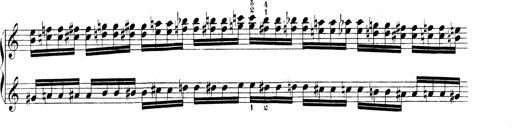
Title: Technische Studien
Composer: Franz Liszt